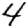
Digit: 4